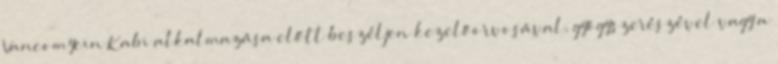
Vancomycin Kabi alkalmazása előtt beszéljen kezelőorvosával, gyógyszerészével vagy a